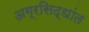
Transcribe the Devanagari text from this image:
अग्रसिद्धांत